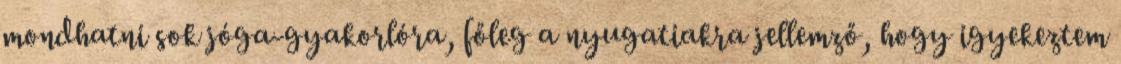
mondhatni sok jóga-gyakorlóra, főleg a nyugatiakra jellemző, hogy igyekeztem